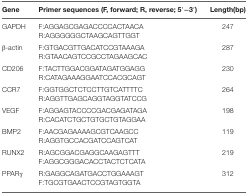
<table><thead><tr><td><b>Gene</b></td><td><b>Primer sequences (F, forward; R, reverse; 5′−3′)</b></td><td><b>Length(bp)</b></td></tr></thead><tbody><tr><td>GAPDH</td><td>F:AGGAGCGAGACCCCACTAACA</td><td>247</td></tr><tr><td></td><td>R:AGGGGGGCTAAGCAGTTGGT</td><td></td></tr><tr><td>β-actin</td><td>F:GTGACGTTGACATCCGTAAAGA</td><td>287</td></tr><tr><td></td><td>R:GTAACAGTCCGCCTAGAAGCAC</td><td></td></tr><tr><td>CD206</td><td>F:TACTTGGACGGATAGATGGAGG</td><td>230</td></tr><tr><td></td><td>R:CATAGAAAGGAATCCACGCAGT</td><td></td></tr><tr><td>CCR7</td><td>F:GGTGGCTCTCCTTGTCATTTTC</td><td>264</td></tr><tr><td></td><td>R:AGGTTGAGCAGGTAGGTATCCG</td><td></td></tr><tr><td>VEGF</td><td>F:AGGAGTACCCCGACGAGATAGA</td><td>198</td></tr><tr><td></td><td>R:CACATCTGCTGTGCTGTAGGAA</td><td></td></tr><tr><td>BMP2</td><td>F:AACGAGAAAAGCGTCAAGCC</td><td>119</td></tr><tr><td></td><td>R:AGGTGCCACGATCCAGTCAT</td><td></td></tr><tr><td>RUNX2</td><td>R:AGCGGACGAGGCAAGAGTTT</td><td>219</td></tr><tr><td></td><td>F:AGGCGGGACACCTACTCTCATA</td><td></td></tr><tr><td>PPARγ</td><td>R:GAGGCAGATGACCTGGAAAGT</td><td>312</td></tr><tr><td></td><td>F:TGCGTGAACTCCGTAGTGGTA</td><td></td></tr></tbody></table>